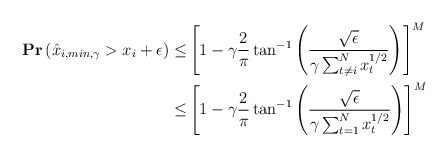
\begin{align*}\mathbf{Pr}\left(\hat{x}_{i,min,\gamma}> x_i + \epsilon\right) \leq& \left[1-\gamma\frac{2}{\pi}\tan^{-1}\left(\frac{\sqrt{\epsilon}}{\gamma\sum_{t\neq i}^N x_t^{1/2}}\right) \right]^M\\\leq&\left[1-\gamma\frac{2}{\pi}\tan^{-1}\left(\frac{\sqrt{\epsilon}}{\gamma\sum_{t=1}^N x_t^{1/2}}\right) \right]^M\end{align*}